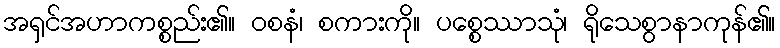
အရှင်အဟာကစ္စည်း၏။ ဝစနံ၊ စကားကို။ ပစ္စေဿာသုံ၊ ရိုသေစွာနာကုန်၏။